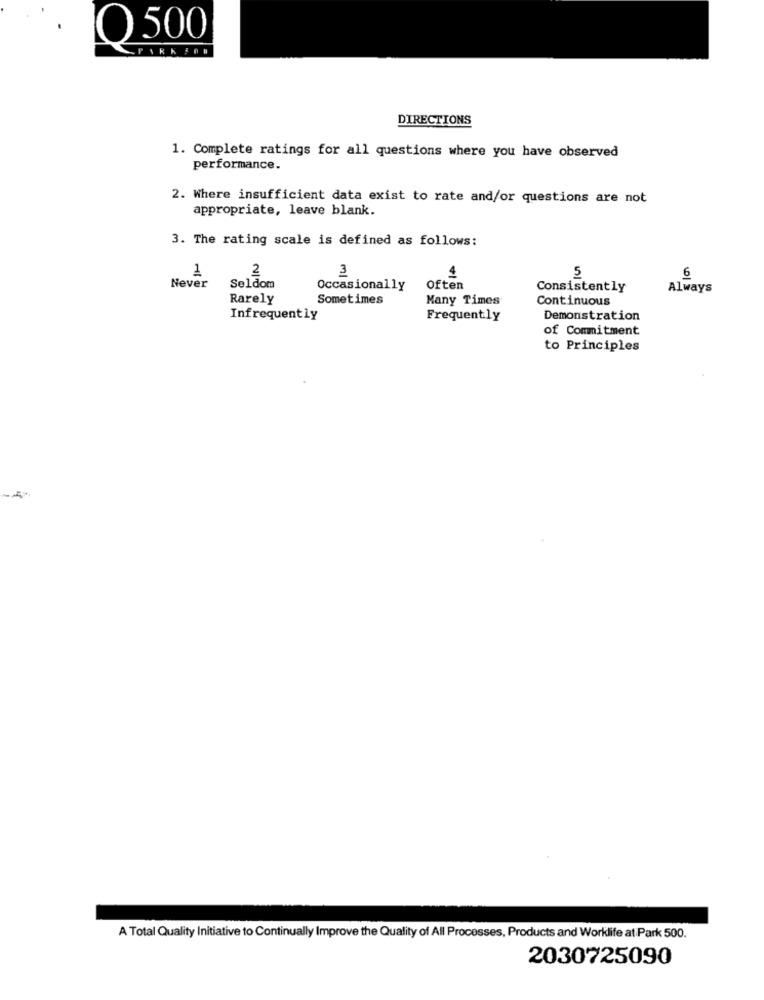
Q 500
DIRECTIONS
1. Complete ratings for all questions where you have observed
performance.
2. Where insufficient data exist to rate and/or questions are not
appropriate, leave blank.
3. The rating scale is defined as follows:
3
1
2
4
5
6
Never
Seldom
Occasionally
Often
Consistently
Always
Rarely
Sometimes
Many Times
Continuous
Infrequently
Frequently
Demonstration
of Commitment
to Principles
A Total Quality Initiative to Continually Improve the Quality of All Processes, Products and Worklife at Park 500.
2030725090